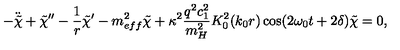
- \ddot { \tilde { \chi } } + \tilde { \chi } ^ { \prime \prime } - \frac { 1 } { r } \tilde { \chi } ^ { \prime } - m _ { e f f } ^ { 2 } \tilde { \chi } + \kappa ^ { 2 } \frac { q ^ { 2 } c _ { 1 } ^ { 2 } } { m _ { H } ^ { 2 } } K _ { 0 } ^ { 2 } ( k _ { 0 } r ) \cos ( 2 \omega _ { 0 } t + 2 \delta ) \tilde { \chi } = 0 ,